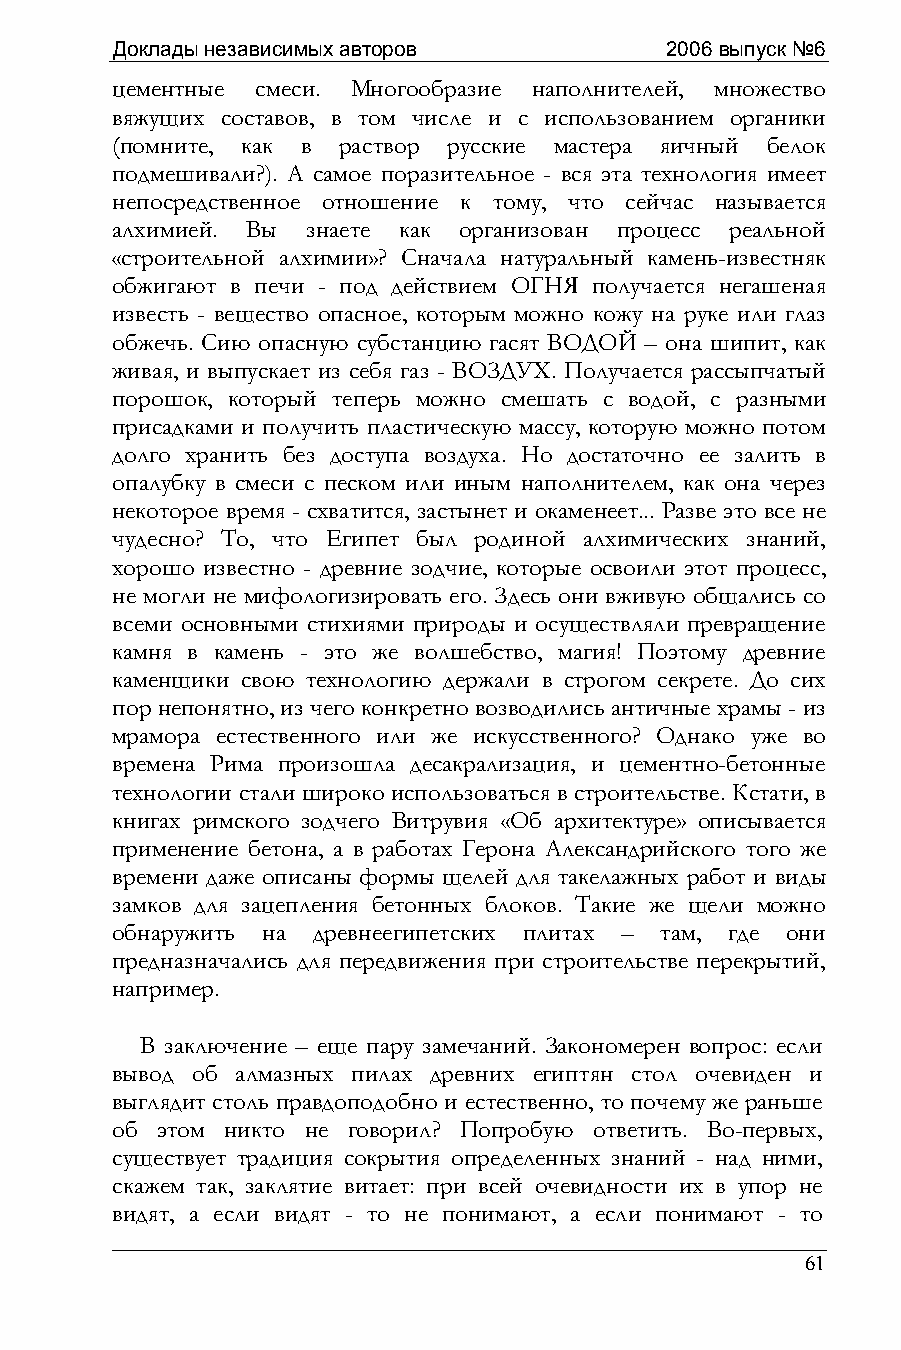
Доклады независимых авторов          2006 выпуск №6
 цементные смеси. Многообразие наполнителей, множество
 вяжущих составов, в том числе и с использованием органики
 (помните, как в раствор русские мастера яичный белок
 подмешивали?). А самое поразительное - вся эта технология имеет
 непосредственное отношение к тому, что сейчас называется
 алхимией. Вы знаете как организован процесс реальной
 «строительной алхимии»? Сначала натуральный камень-известняк
 обжигают в печи - под действием ОГНЯ получается негашеная
 известь - вещество опасное, которым можно кожу на руке или глаз
 обжечь. Сию опасную субстанцию гасят ВОДОЙ – она шипит, как
 живая, и выпускает из себя газ - ВОЗДУХ. Получается рассыпчатый
 порошок, который теперь можно смешать с водой, с разными
 присадками и получить пластическую массу, которую можно потом
 долго хранить без доступа воздуха. Но достаточно ее залить в
 опалубку в смеси с песком или иным наполнителем, как она через
 некоторое время - схватится, застынет и окаменеет... Разве это все не
 чудесно? То, что Египет был родиной алхимических знаний,
 хорошо известно - древние зодчие, которые освоили этот процесс,
 не могли не мифологизировать его. Здесь они вживую общались со
 всеми основными стихиями природы и осуществляли превращение
 камня в камень - это же волшебство, магия! Поэтому древние
 каменщики свою технологию держали в строгом секрете. До сих
 пор непонятно, из чего конкретно возводились античные храмы - из
 мрамора естественного или же искусственного? Однако уже во
 времена Рима произошла десакрализация, и цементно-бетонные
 технологии стали широко использоваться в строительстве. Кстати, в
 книгах римского зодчего Витрувия «Об архитектуре» описывается
 применение бетона, а в работах Герона Александрийского того же
 времени даже описаны формы щелей для такелажных работ и виды
 замков для зацепления бетонных блоков. Такие же щели можно
 обнаружить на древнеегипетских плитах – там, где они
 предназначались для передвижения при строительстве перекрытий,
 например.
 В заключение – еще пару замечаний. Закономерен вопрос: если
 вывод об алмазных пилах древних египтян стол очевиден и
 выглядит столь правдоподобно и естественно, то почему же раньше
 об этом никто не говорил? Попробую ответить. Во-первых,
 существует традиция сокрытия определенных знаний - над ними,
 скажем так, заклятие витает: при всей очевидности их в упор не
 видят, а если видят - то не понимают, а если понимают - то
 61